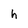
Character: h